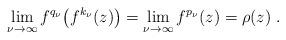
LaTeX: \begin{align*}\lim_{\nu\to\infty}f^{q_\nu}\bigl(f^{k_\nu}(z)\bigr)=\lim_{\nu\to\infty}f^{p_\nu}(z)=\rho(z)\;.\end{align*}